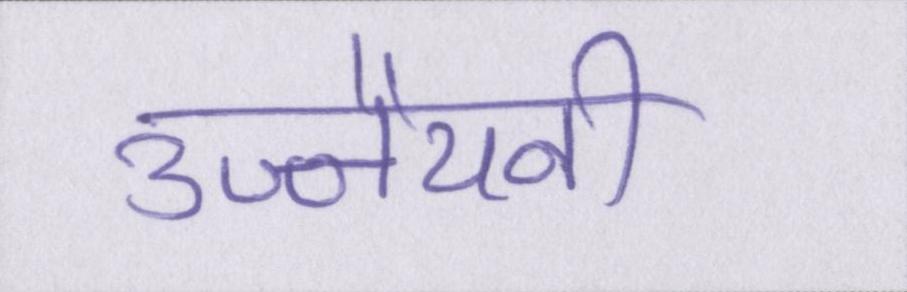
उज्जैयनी